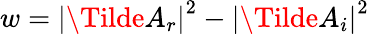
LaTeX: w={|\Tilde{A}_{r}|}^{2}-{|\Tilde{A}_{i}|}^{2}